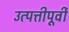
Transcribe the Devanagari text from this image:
उत्पत्तीपूर्वी